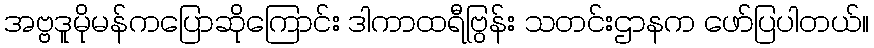
အဗ္ဗဒူမိုမန်ကပြောဆိုကြောင်း ဒါကာထရီဗြွန်း သတင်းဌာနက ဖော်ပြပါတယ်။